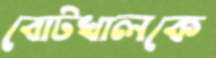
বোটখালকে